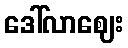
ဒေါ်လာဈေး